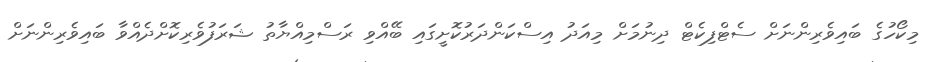
މިކޯހުގެ ބައިވެރިންނަށް ސެޓްފިކެޓް ދިނުމަށް މިއަދު އިސްކަންދަރުކޮށީގައި ބޭއްވި ރަސްމިއްޔާތު ޝަރަފުވެރިކޮށްދެއްވާ ބައިވެރިންނަށް